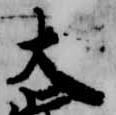
大